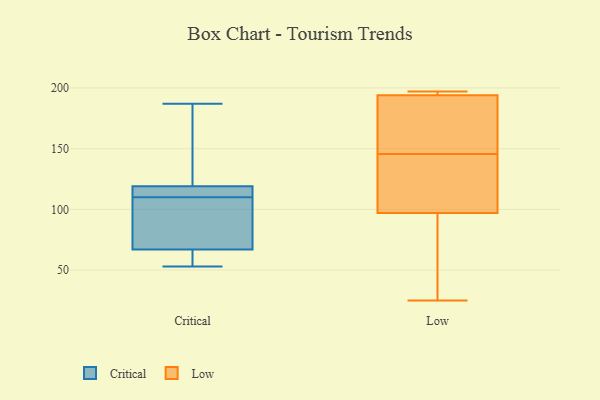
{"axis": {"x": "Latency (ms)", "y": "Value"}, "legend": ["Critical", "Low"], "data": [{"x": "", "y": 119, "type": "Critical"}, {"x": "", "y": 165, "type": "Critical"}, {"x": "", "y": 59, "type": "Critical"}, {"x": "", "y": 114, "type": "Critical"}, {"x": "", "y": 53, "type": "Critical"}, {"x": "", "y": 83, "type": "Critical"}, {"x": "", "y": 113, "type": "Critical"}, {"x": "", "y": 187, "type": "Critical"}, {"x": "", "y": 111, "type": "Critical"}, {"x": "", "y": 67, "type": "Critical"}, {"x": "", "y": 78, "type": "Critical"}, {"x": "", "y": 136, "type": "Critical"}, {"x": "", "y": 66, "type": "Critical"}, {"x": "", "y": 109, "type": "Critical"}, {"x": "", "y": 122, "type": "Low"}, {"x": "", "y": 136, "type": "Low"}, {"x": "", "y": 194, "type": "Low"}, {"x": "", "y": 176, "type": "Low"}, {"x": "", "y": 97, "type": "Low"}, {"x": "", "y": 27, "type": "Low"}, {"x": "", "y": 155, "type": "Low"}, {"x": "", "y": 195, "type": "Low"}, {"x": "", "y": 197, "type": "Low"}, {"x": "", "y": 25, "type": "Low"}]}